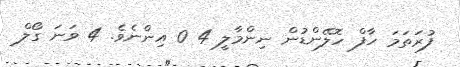
ފުރަތަމަ ހާފް ހޮލޭންޑުން ނިންމާލީ 4 0 އިންނެވެ. 4 ވަނަ ގޯލް